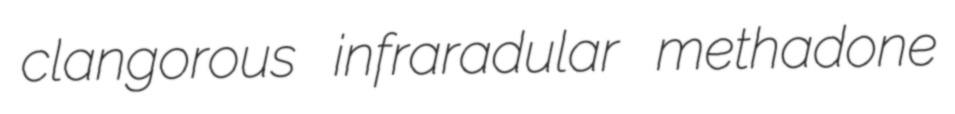
clangorous infraradular methadone